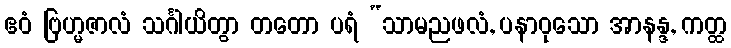
ဧဝံ ဗြဟ္မဇာလံ သင်္ဂါယိတွာ တတော ပရံ “သာမညဖလံ, ပနာဝုသော အာနန္ဒ, ကတ္ထ